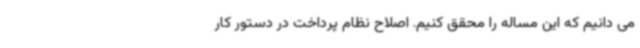
می دانیم که این مساله را محقق کنیم. اصلاح نظام پرداخت در دستور کار